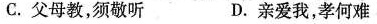
C.父母教，须敬听D.亲爱我,孝何难